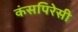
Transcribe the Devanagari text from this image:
कंसपिरेसी